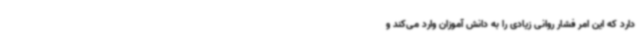
دارد که این امر فشار روانی زیادی را به دانش آموزان وارد می‌کند و